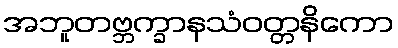
အဘူတဗ္ဘက္ခာနသံဝတ္တနိကော